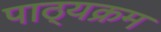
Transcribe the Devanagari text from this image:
पाठ्‍यक्रम